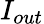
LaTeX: I_{out}